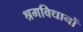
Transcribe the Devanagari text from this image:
श्रमविधानों